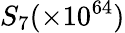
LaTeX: S_{7}(\times 10^{64})